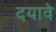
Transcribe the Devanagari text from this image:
दयावे